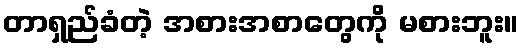
တာရှည်ခံတဲ့ အစားအစာတွေကို မစားဘူး။